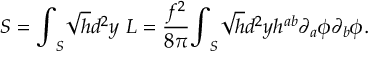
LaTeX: { \cal S } = { \int } _ { S } \sqrt { h } d ^ { 2 } y ~ { \cal L } = \frac { f ^ { 2 } } { 8 { \pi } } { \int } _ { S } \sqrt { h } d ^ { 2 } y h ^ { a b } { \partial } _ { a } { \phi } { \partial } _ { b } { \phi } .